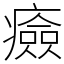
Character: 㿌